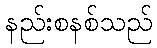
နည်းစနစ်သည်